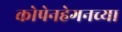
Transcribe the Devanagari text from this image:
कोपेनहेगनच्या